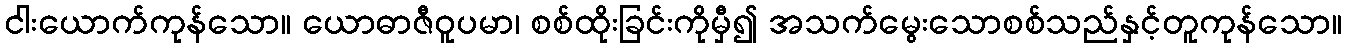
ငါးယောက်ကုန်သော။ ယောဓာဇီဝူပမာ၊ စစ်ထိုးခြင်းကိုမှီ၍ အသက်မွေးသောစစ်သည်နှင့်တူကုန်သော။